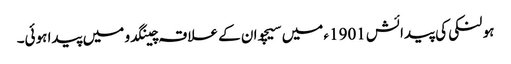
ہو لنکی کی پیدائش 1901ء میں سیچوان کے علاقہ چینگدو میں پیدا ہوئی۔